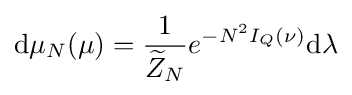
\mathrm {d} \mu _{N}(\mu )={\frac {1}{{\widetilde {Z}}_{N}}}e^{-N^{2}I_{Q}(\nu )}\mathrm {d} \lambda